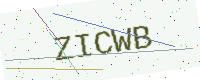
Text: ZICWB